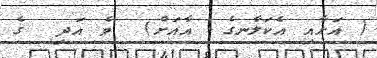
( އަށާއި އެކަލާނގެ  އާއަށް)  ވެ އަދި  ގެ